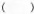
( )